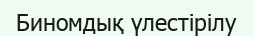
Биномдық үлестірілу